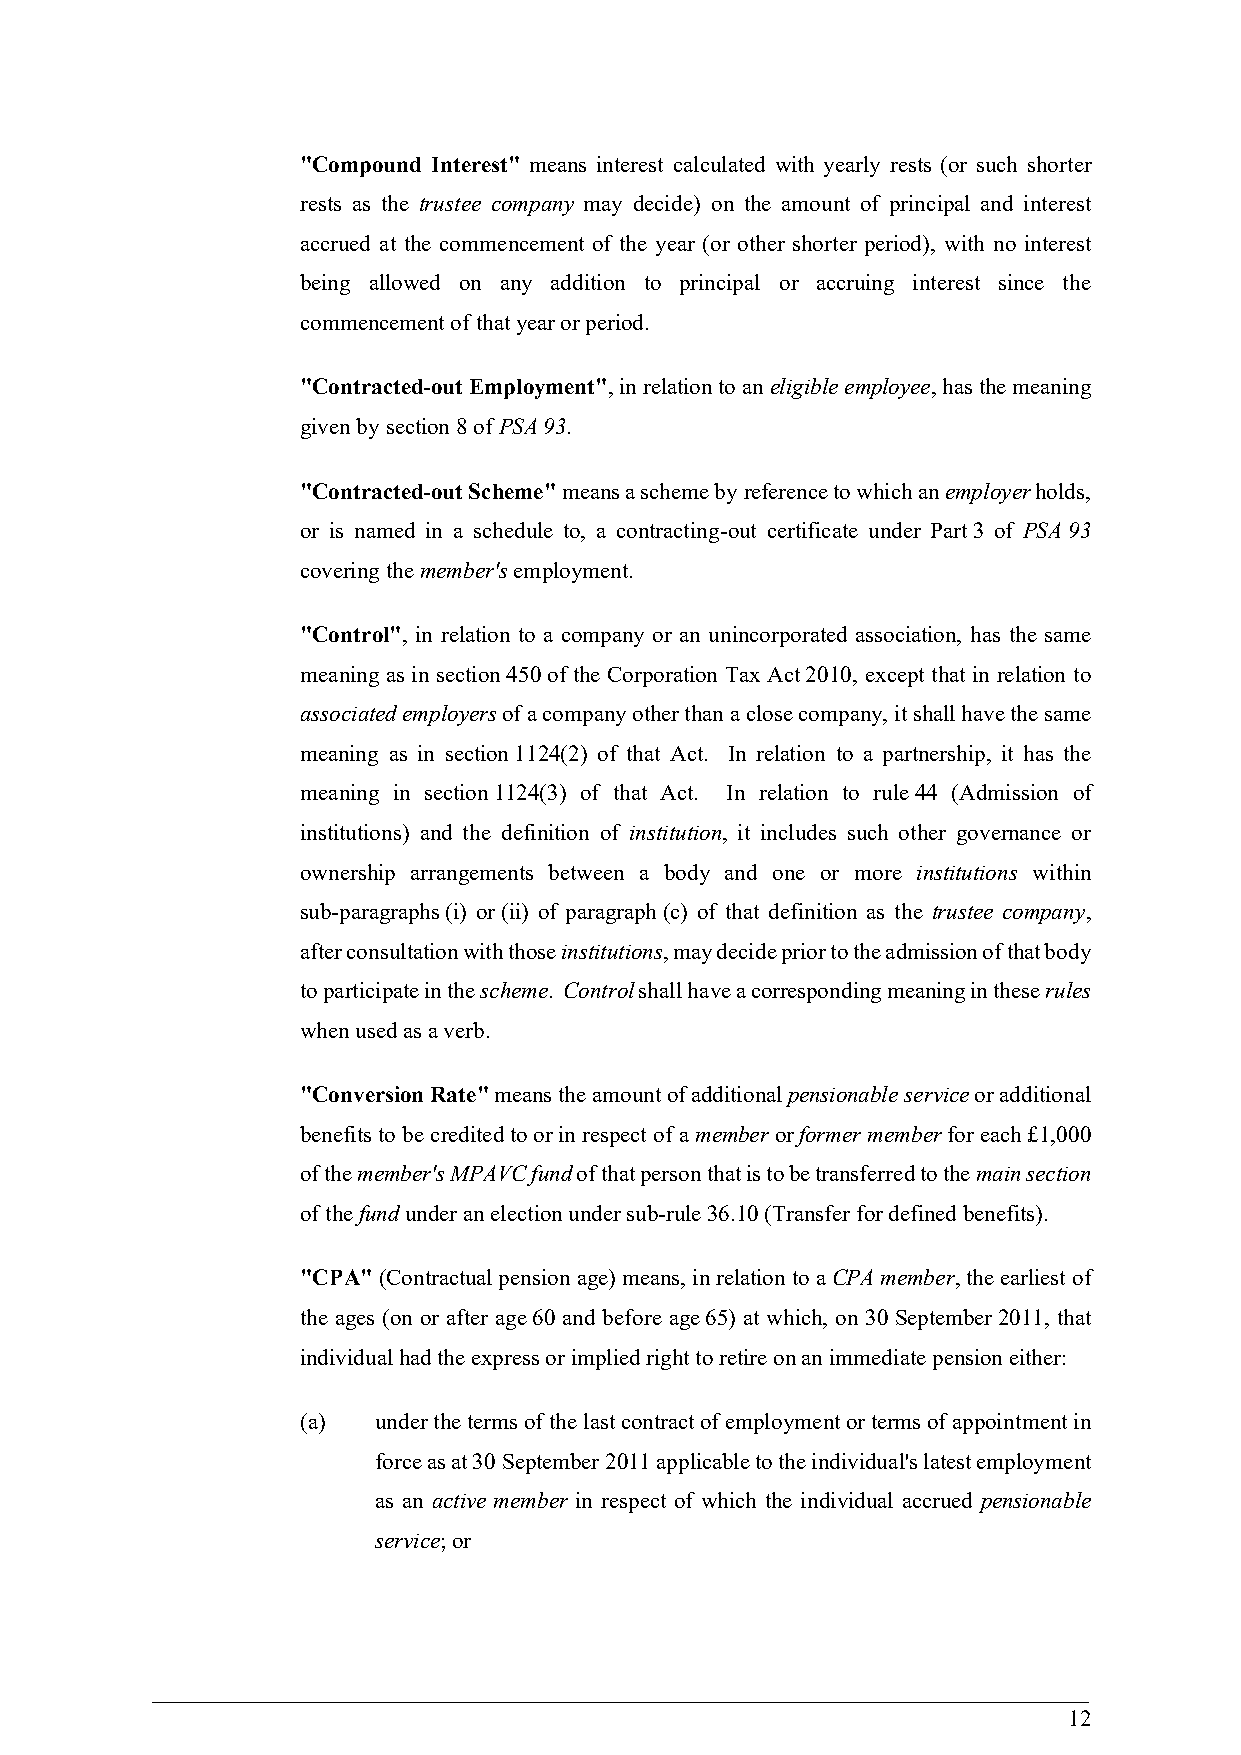
"Compound Interest" means interest calculated with yearly rests (or such shorter
 rests as the trustee company may decide) on the amount of principal and interest
 accrued at the commencement of the year (or other shorter period), with no interest
 being allowed on any addition to principal or accruing interest since the
 commencement of that year or period.
 "Contracted-out Employment", in relation to an eligible employee, has the meaning
 given by section 8 of PSA 93.
 "Contracted-out Scheme" means a scheme by reference to which an employer holds,
 or is named in a schedule to, a contracting-out certificate under Part 3 of PSA 93
 covering the member's employment.
 "Control", in relation to a company or an unincorporated association, has the same
 meaning as in section 450 of the Corporation Tax Act 2010, except that in relation to
 associated employers of a company other than a close company, it shall have the same
 meaning as in section 1124(2) of that Act. In relation to a partnership, it has the
 meaning in section 1124(3) of that Act. In relation to rule 44 (Admission of
 institutions) and the definition of institution, it includes such other governance or
 ownership arrangements between a body and one or more institutions within
 sub-paragraphs (i) or (ii) of paragraph (c) of that definition as the trustee company,
 after consultation with those institutions, may decide prior to the admission of that body
 to participate in the scheme. Control shall have a corresponding meaning in these rules
 when used as a verb.
 "Conversion Rate" means the amount of additional pensionable service or additional
 benefits to be credited to or in respect of a member or former member for each £1,000
 of the member's MPAVC fund of that person that is to be transferred to the main section
 of the fund under an election under sub-rule 36.10 (Transfer for defined benefits).
 "CPA" (Contractual pension age) means, in relation to a CPA member, the earliest of
 the ages (on or after age 60 and before age 65) at which, on 30 September 2011, that
 individual had the express or implied right to retire on an immediate pension either:
 (a)  under the terms of the last contract of employment or terms of appointment in
 force as at 30 September 2011 applicable to the individual's latest employment
 as an active member in respect of which the individual accrued pensionable
 service; or
 12